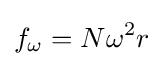
f_{\mathrm {\omega } }=N{\omega }^{2}r